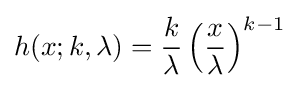
h(x;k,\lambda )={k \over \lambda }\left({x \over \lambda }\right)^{k-1}